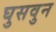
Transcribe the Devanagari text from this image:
घुसवुन